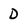
Character: D